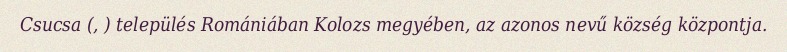
Csucsa (, ) település Romániában Kolozs megyében, az azonos nevű község központja.